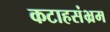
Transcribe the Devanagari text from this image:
कटाहसंभ्रम